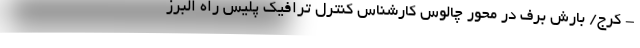
- کرج/ بارش برف در محور چالوس کارشناس کنترل ترافیک پلیس راه البرز